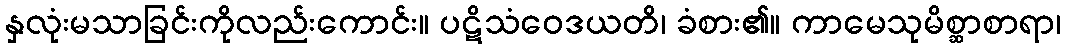
နှလုံးမသာခြင်းကိုလည်းကောင်း။ ပဋိသံဝေဒယတိ၊ ခံစား၏။ ကာမေသုမိစ္ဆာစာရာ၊